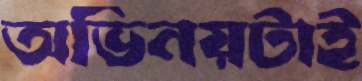
অভিনয়টাই